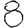
Digit: 8